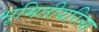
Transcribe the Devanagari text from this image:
भूमितीयरित्या